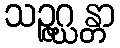
သဉ္ဇဂ္ဃန္တာ